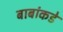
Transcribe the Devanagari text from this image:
बाबांकडे